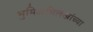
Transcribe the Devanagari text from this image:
भुमिअभिलेखांच्या